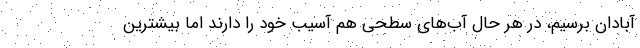
آبادان برسیم، در هر حال آب‌های سطحی هم آسیب خود را دارند اما بیشترین